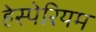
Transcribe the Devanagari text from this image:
हेस्पेरियम